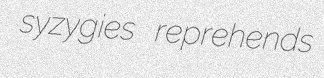
syzygies reprehends